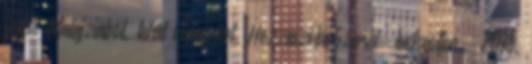
indult Malajziából, tehát várni kel. HozzászólásSzerző: luckyotter » 2018.